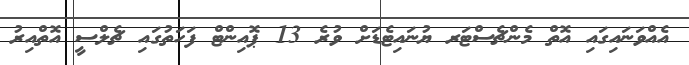
އެއްވަނައިގައި އޮތް މެންޗެސްޓަރ ޔުނައިޓެޑަށް ވުރެ 13 ޕޮއިންޓް ފަހަތުގައި ޗެލްސީ އޮތްއިރު